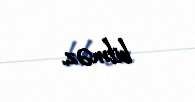
bilməz.